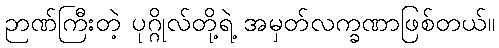
ဉာဏ်ကြီးတဲ့ ပုဂ္ဂိုလ်တို့ရဲ့ အမှတ်လက္ခဏာဖြစ်တယ်။